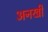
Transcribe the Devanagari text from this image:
अनखी